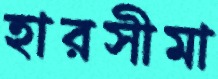
হারসীমা